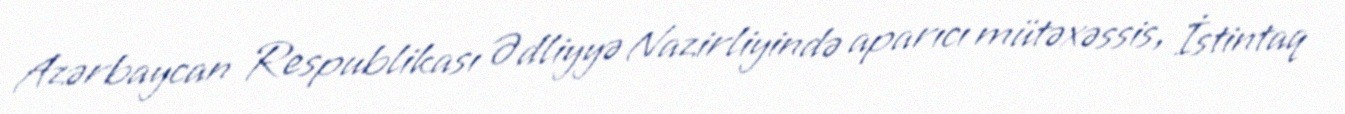
Azərbaycan Respublikası Ədliyyə Nazirliyində aparıcı mütəxəssis, İstintaq